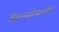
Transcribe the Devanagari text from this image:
विज्ञानसाहित्याकरिता